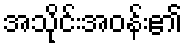
အသိုင်းအဝန်း၏